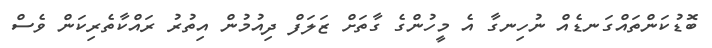
ބޮޑުކަންތައްގަނޑެއް ނުހިނގާ އެ މީހުންގެ ގާތަށް ޒަލަފް ދިއުމުން އިތުރު ރައްކާތެރިކަން ވެސް